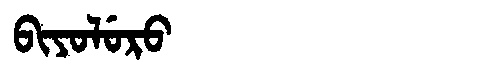
Manchu: ᠪᡳᠶᠣᠯᡠᡵᠣ
Romanization: BIYOLURO